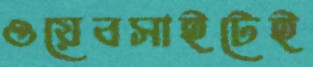
ওয়েবসাইটেই